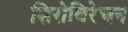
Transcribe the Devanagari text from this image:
शिरोविरेचन